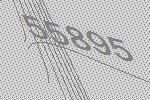
55895